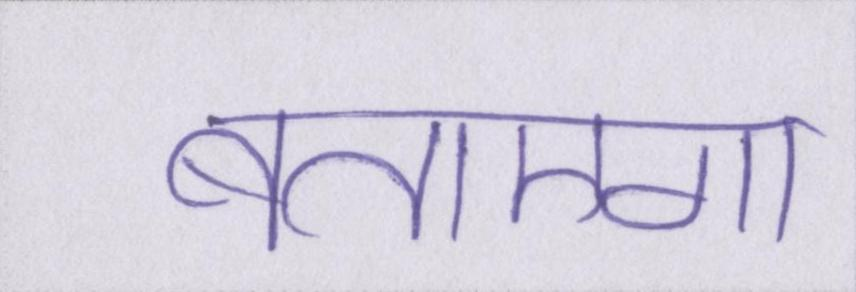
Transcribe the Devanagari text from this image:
बताएगा